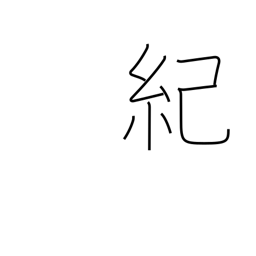
Meaning: narrative